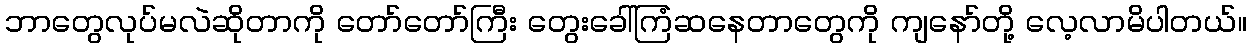
ဘာတွေလုပ်မလဲဆိုတာကို တော်တော်ကြီး တွေးခေါ်ကြံဆနေတာတွေကို ကျနော်တို့ လေ့လာမိပါတယ်။